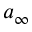
a _ { \infty }